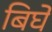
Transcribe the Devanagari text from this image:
बिघे